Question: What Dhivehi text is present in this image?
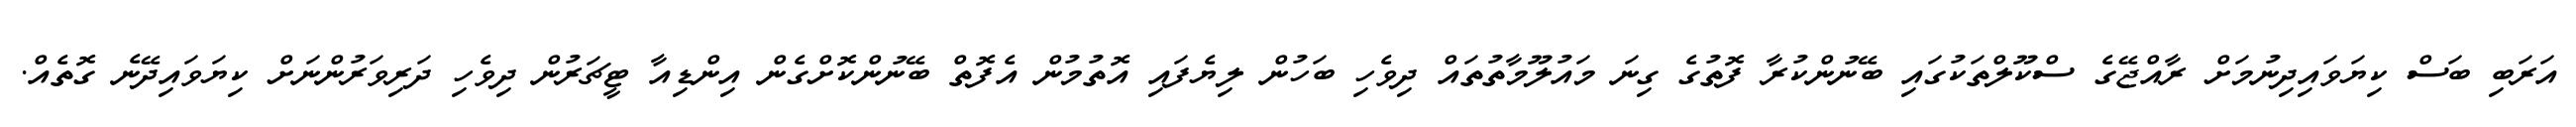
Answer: އަރަބި ބަސް ކިޔަވައިދިނުމަށް ރާއްޖޭގެ ސްކޫލްތަކުގައި ބޭނުންކުރާ ފޮތުގެ ގިނަ މައުލޫމާތުތައް ދިވެހި ބަހުން ލިޔެފައި އޮތުމުން އެފޮތް ބޭނުންކޮށްގެން އިންޑިއާ ޓީޗަރުން ދިވެހި ދަރިވަރުންނަށް ކިޔަވައިދޭނެ ގޮތެއް.